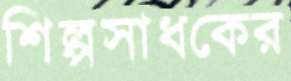
শিল্পসাধকের